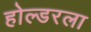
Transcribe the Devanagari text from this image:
होल्डरला